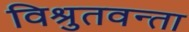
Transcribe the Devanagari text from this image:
विश्रुतवन्ता